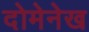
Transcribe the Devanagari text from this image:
दोमेनेख